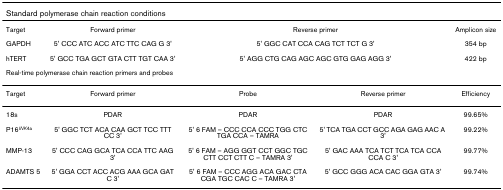
<table><thead><tr><td colspan="5"><b>Standard polymerase chain reaction conditions</b></td></tr></thead><tbody><tr><td>Target</td><td>Forward primer</td><td colspan="2">Reverse primer</td><td>Amplicon size</td></tr><tr><td>GAPDH</td><td>5&#x27; CCC ATC ACC ATC TTC CAG G 3&#x27;</td><td colspan="2">5&#x27; GGC CAT CCA CAG TCT TCT G 3&#x27;</td><td>354 bp</td></tr><tr><td>hTERT</td><td>5&#x27; GCC TGA GCT GTA CTT TGT CAA 3&#x27;</td><td colspan="2">5&#x27; AGG CTG CAG AGC AGC GTG GAG AGG 3&#x27;</td><td>422 bp</td></tr><tr><td colspan="5">Real-time polymerase chain reaction primers and probes</td></tr><tr><td>Target</td><td>Forward primer</td><td>Probe</td><td>Reverse primer</td><td>Efficiency</td></tr><tr><td>18s</td><td>PDAR</td><td>PDAR</td><td>PDAR</td><td>99.65%</td></tr><tr><td>P16<sup><i>INK</i>4a</sup></td><td>5&#x27; GGC TCT ACA CAA GCT TCC TTT CC 3&#x27;</td><td>5&#x27; 6 FAM – CCC CCA CCC TGG CTC TGA CCA – TAMRA</td><td>5&#x27; TCA TGA CCT GCC AGA GAG AAC A 3&#x27;</td><td>99.22%</td></tr><tr><td>MMP-13</td><td>5&#x27; CCC CAG GCA TCA CCA TTC AAG 3&#x27;</td><td>5&#x27; 6 FAM – AGG GGT CCT GGC TGC CTT CCT CTT C – TAMRA 3&#x27;</td><td>5&#x27; GAC AAA TCA TCT TCA TCA CCA CCA C 3&#x27;</td><td>99.77%</td></tr><tr><td>ADAMTS 5</td><td>5&#x27; GGA CCT ACC ACG AAA GCA GAT C 3&#x27;</td><td>5&#x27; 6 FAM – CCC AGG ACA GAC CTA CGA TGC CAC C – TAMRA 3&#x27;</td><td>5&#x27; GCC GGG ACA CAC GGA GTA 3&#x27;</td><td>99.74%</td></tr></tbody></table>